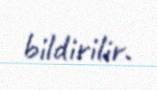
bildirilir.